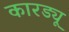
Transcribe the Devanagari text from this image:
कारड्यू